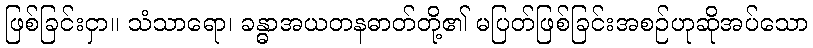
ဖြစ်ခြင်းငှာ။ သံသာရော၊ ခန္ဓာအယတနဓာတ်တို့၏ မပြတ်ဖြစ်ခြင်းအစဉ်ဟုဆိုအပ်သော